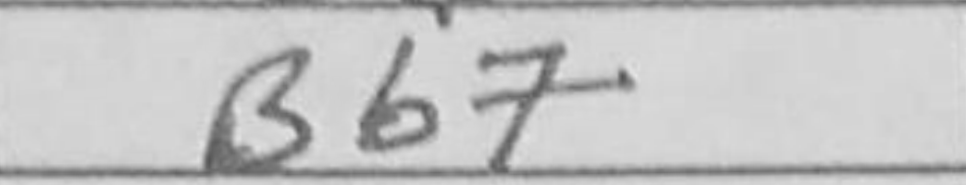
Transcription: Bb7